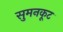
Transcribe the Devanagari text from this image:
सुमनकूट